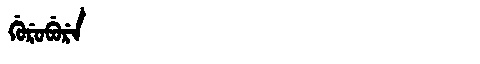
Manchu: ᡤᡠᡵᡠᠪᡠᡵᡝ
Romanization: GURUBURE